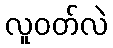
လူဝတ်လဲ